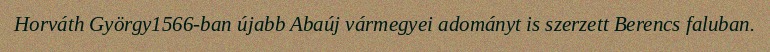
Horváth György1566-ban újabb Abaúj vármegyei adományt is szerzett Berencs faluban.